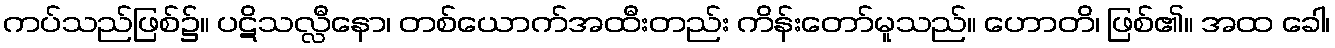
ကပ်သည်ဖြစ်၌။ ပဋိသလ္လီနော၊ တစ်ယောက်အထီးတည်း ကိန်းတော်မူသည်။ ဟောတိ၊ ဖြစ်၏။ အထ ခေါ၊